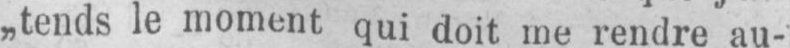
„tends le moment qui doit me rendre au-